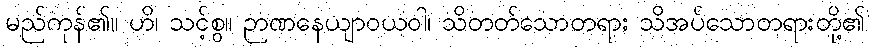
မည်ကုန်၏။ ဟိ၊ သင့်စွ။ ဉာဏနေယျာဝယဝါ၊ သိတတ်သောတရား သိအပ်သောတရားတို့၏